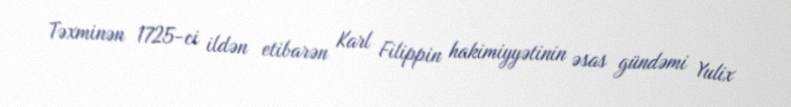
Təxminən 1725-ci ildən etibarən Karl Filippin hakimiyyətinin əsas gündəmi Yulix